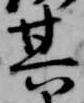
其